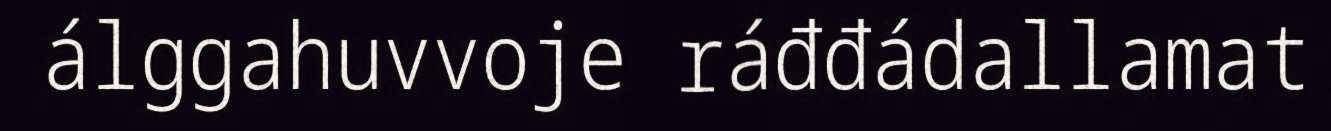
álggahuvvoje ráđđádallamat